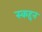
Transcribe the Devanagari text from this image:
स्कद्दन